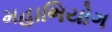
મહાભિયોગ